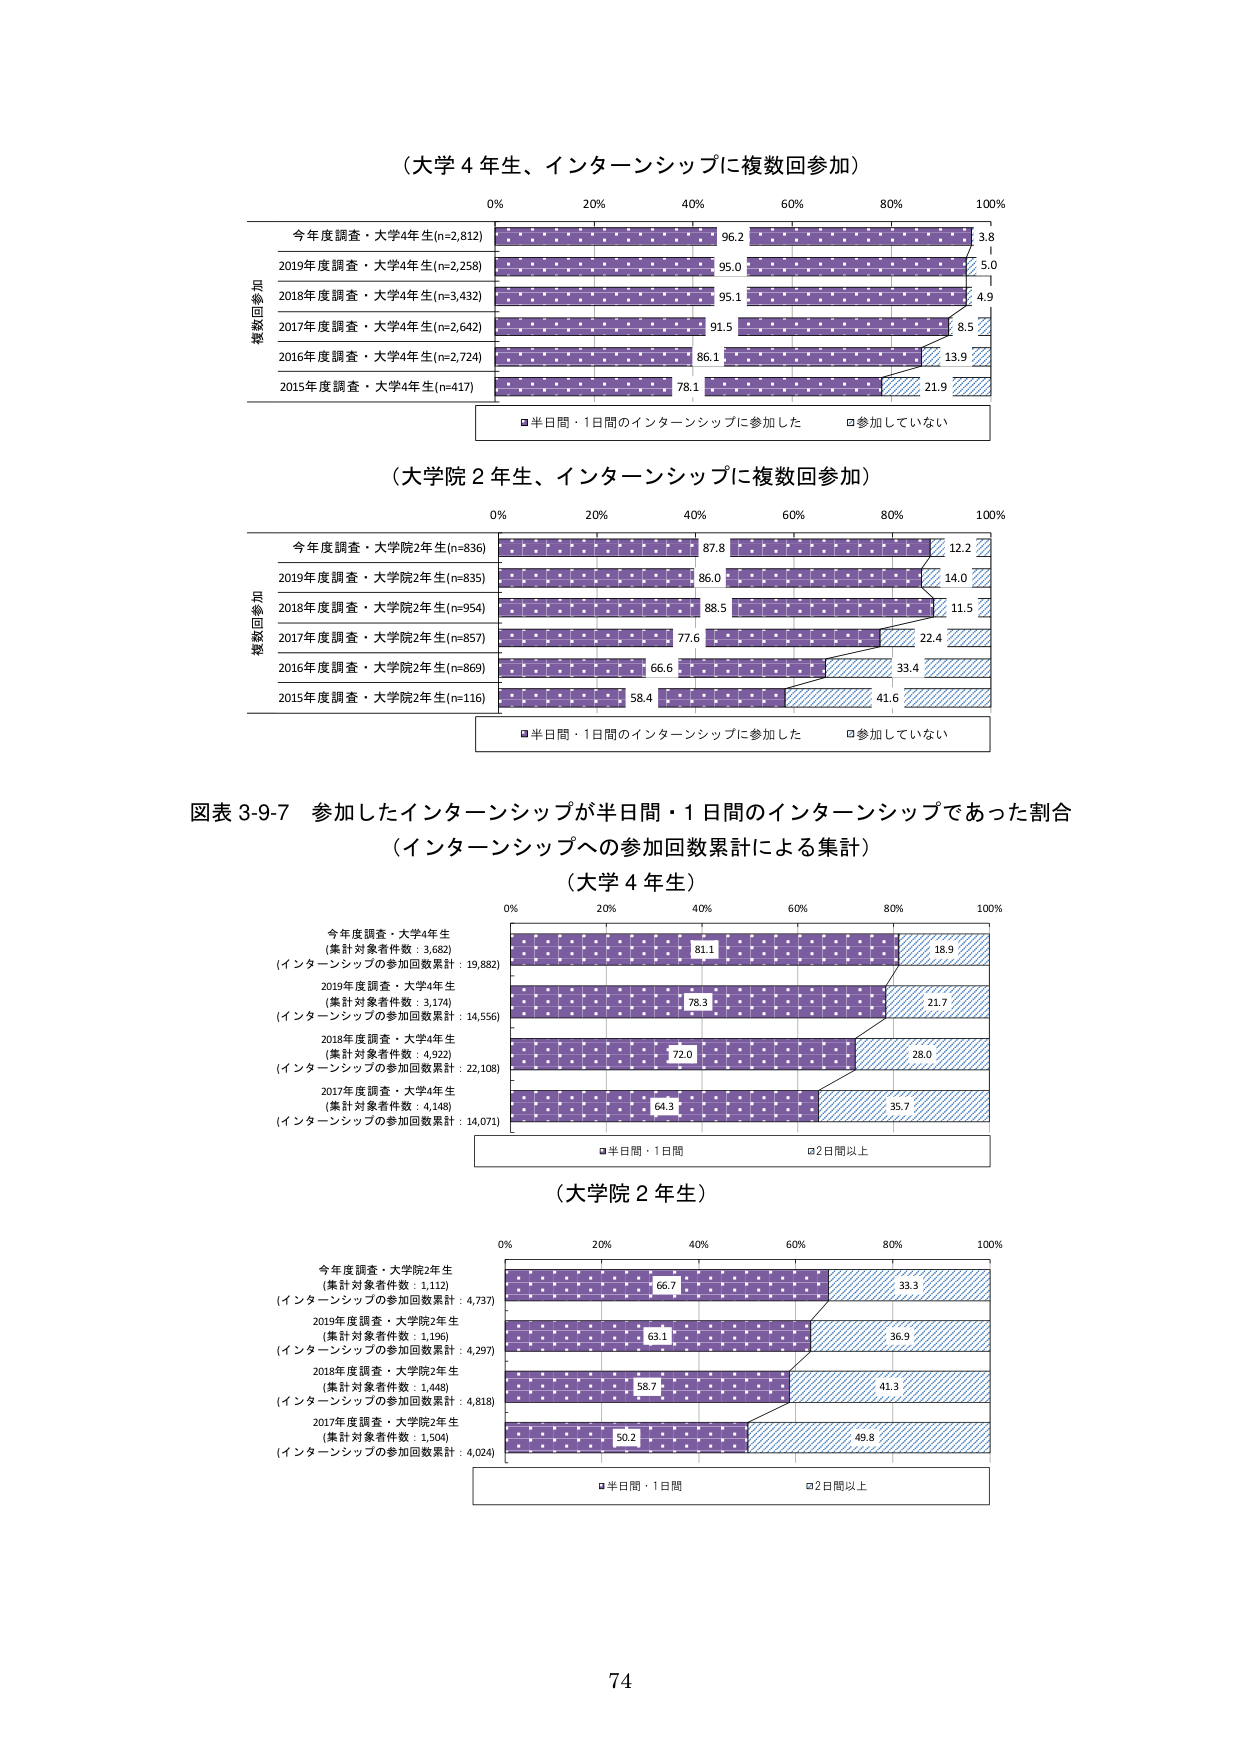
（大学４年生、インターンシップに複数回参加）

0% 20% 40% 60% 80% 100%

複数回参加
今年度調査・大学4年生(n=2,812) 96.2 3.8
2019年度調査・大学4年生(n=2,258) 95.0 5.0
2018年度調査・大学4年生(n=3,432) 95.1 4.9
2017年度調査・大学4年生(n=2,642) 91.5 8.5
2016年度調査・大学4年生(n=2,724) 86.1 13.9
2015年度調査・大学4年生(n=417) 78.1 21.9

■半日間・1日間のインターンシップに参加した □参加していない

（大学院２年生、インターンシップに複数回参加）

0% 20% 40% 60% 80% 100%

複数回参加
今年度調査・大学院2年生(n=836) 87.8 12.2
2019年度調査・大学院2年生(n=835) 86.0 14.0
2018年度調査・大学院2年生(n=954) 88.5 11.5
2017年度調査・大学院2年生(n=857) 77.6 22.4
2016年度調査・大学院2年生(n=869) 66.6 33.4
2015年度調査・大学院2年生(n=116) 58.4 41.6

■半日間・1日間のインターンシップに参加した □参加していない

図表 3-9-7 参加したインターンシップが半日間・1日間のインターンシップであった割合
（インターンシップへの参加回数累計による集計）

（大学４年生）

0% 20% 40% 60% 80% 100%

今年度調査・大学4年生
（集計対象者件数：3,682）
（インターンシップの参加回数累計：19,882） 81.1 18.9
2019年度調査・大学4年生
（集計対象者件数：3,174）
（インターンシップの参加回数累計：14,556） 78.3 21.7
2018年度調査・大学4年生
（集計対象者件数：4,922）
（インターンシップの参加回数累計：22,108） 72.0 28.0
2017年度調査・大学4年生
（集計対象者件数：4,148）
（インターンシップの参加回数累計：14,071） 64.3 35.7

■半日間・1日間 □2日間以上

（大学院２年生）

0% 20% 40% 60% 80% 100%

今年度調査・大学院2年生
（集計対象者件数：1,112）
（インターンシップの参加回数累計：4,737） 66.7 33.3
2019年度調査・大学院2年生
（集計対象者件数：1,196）
（インターンシップの参加回数累計：4,297） 63.1 36.9
2018年度調査・大学院2年生
（集計対象者件数：1,448）
（インターンシップの参加回数累計：4,818） 58.7 41.3
2017年度調査・大学院2年生
（集計対象者件数：1,504）
（インターンシップの参加回数累計：4,024） 50.2 49.8

■半日間・1日間 □2日間以上

74